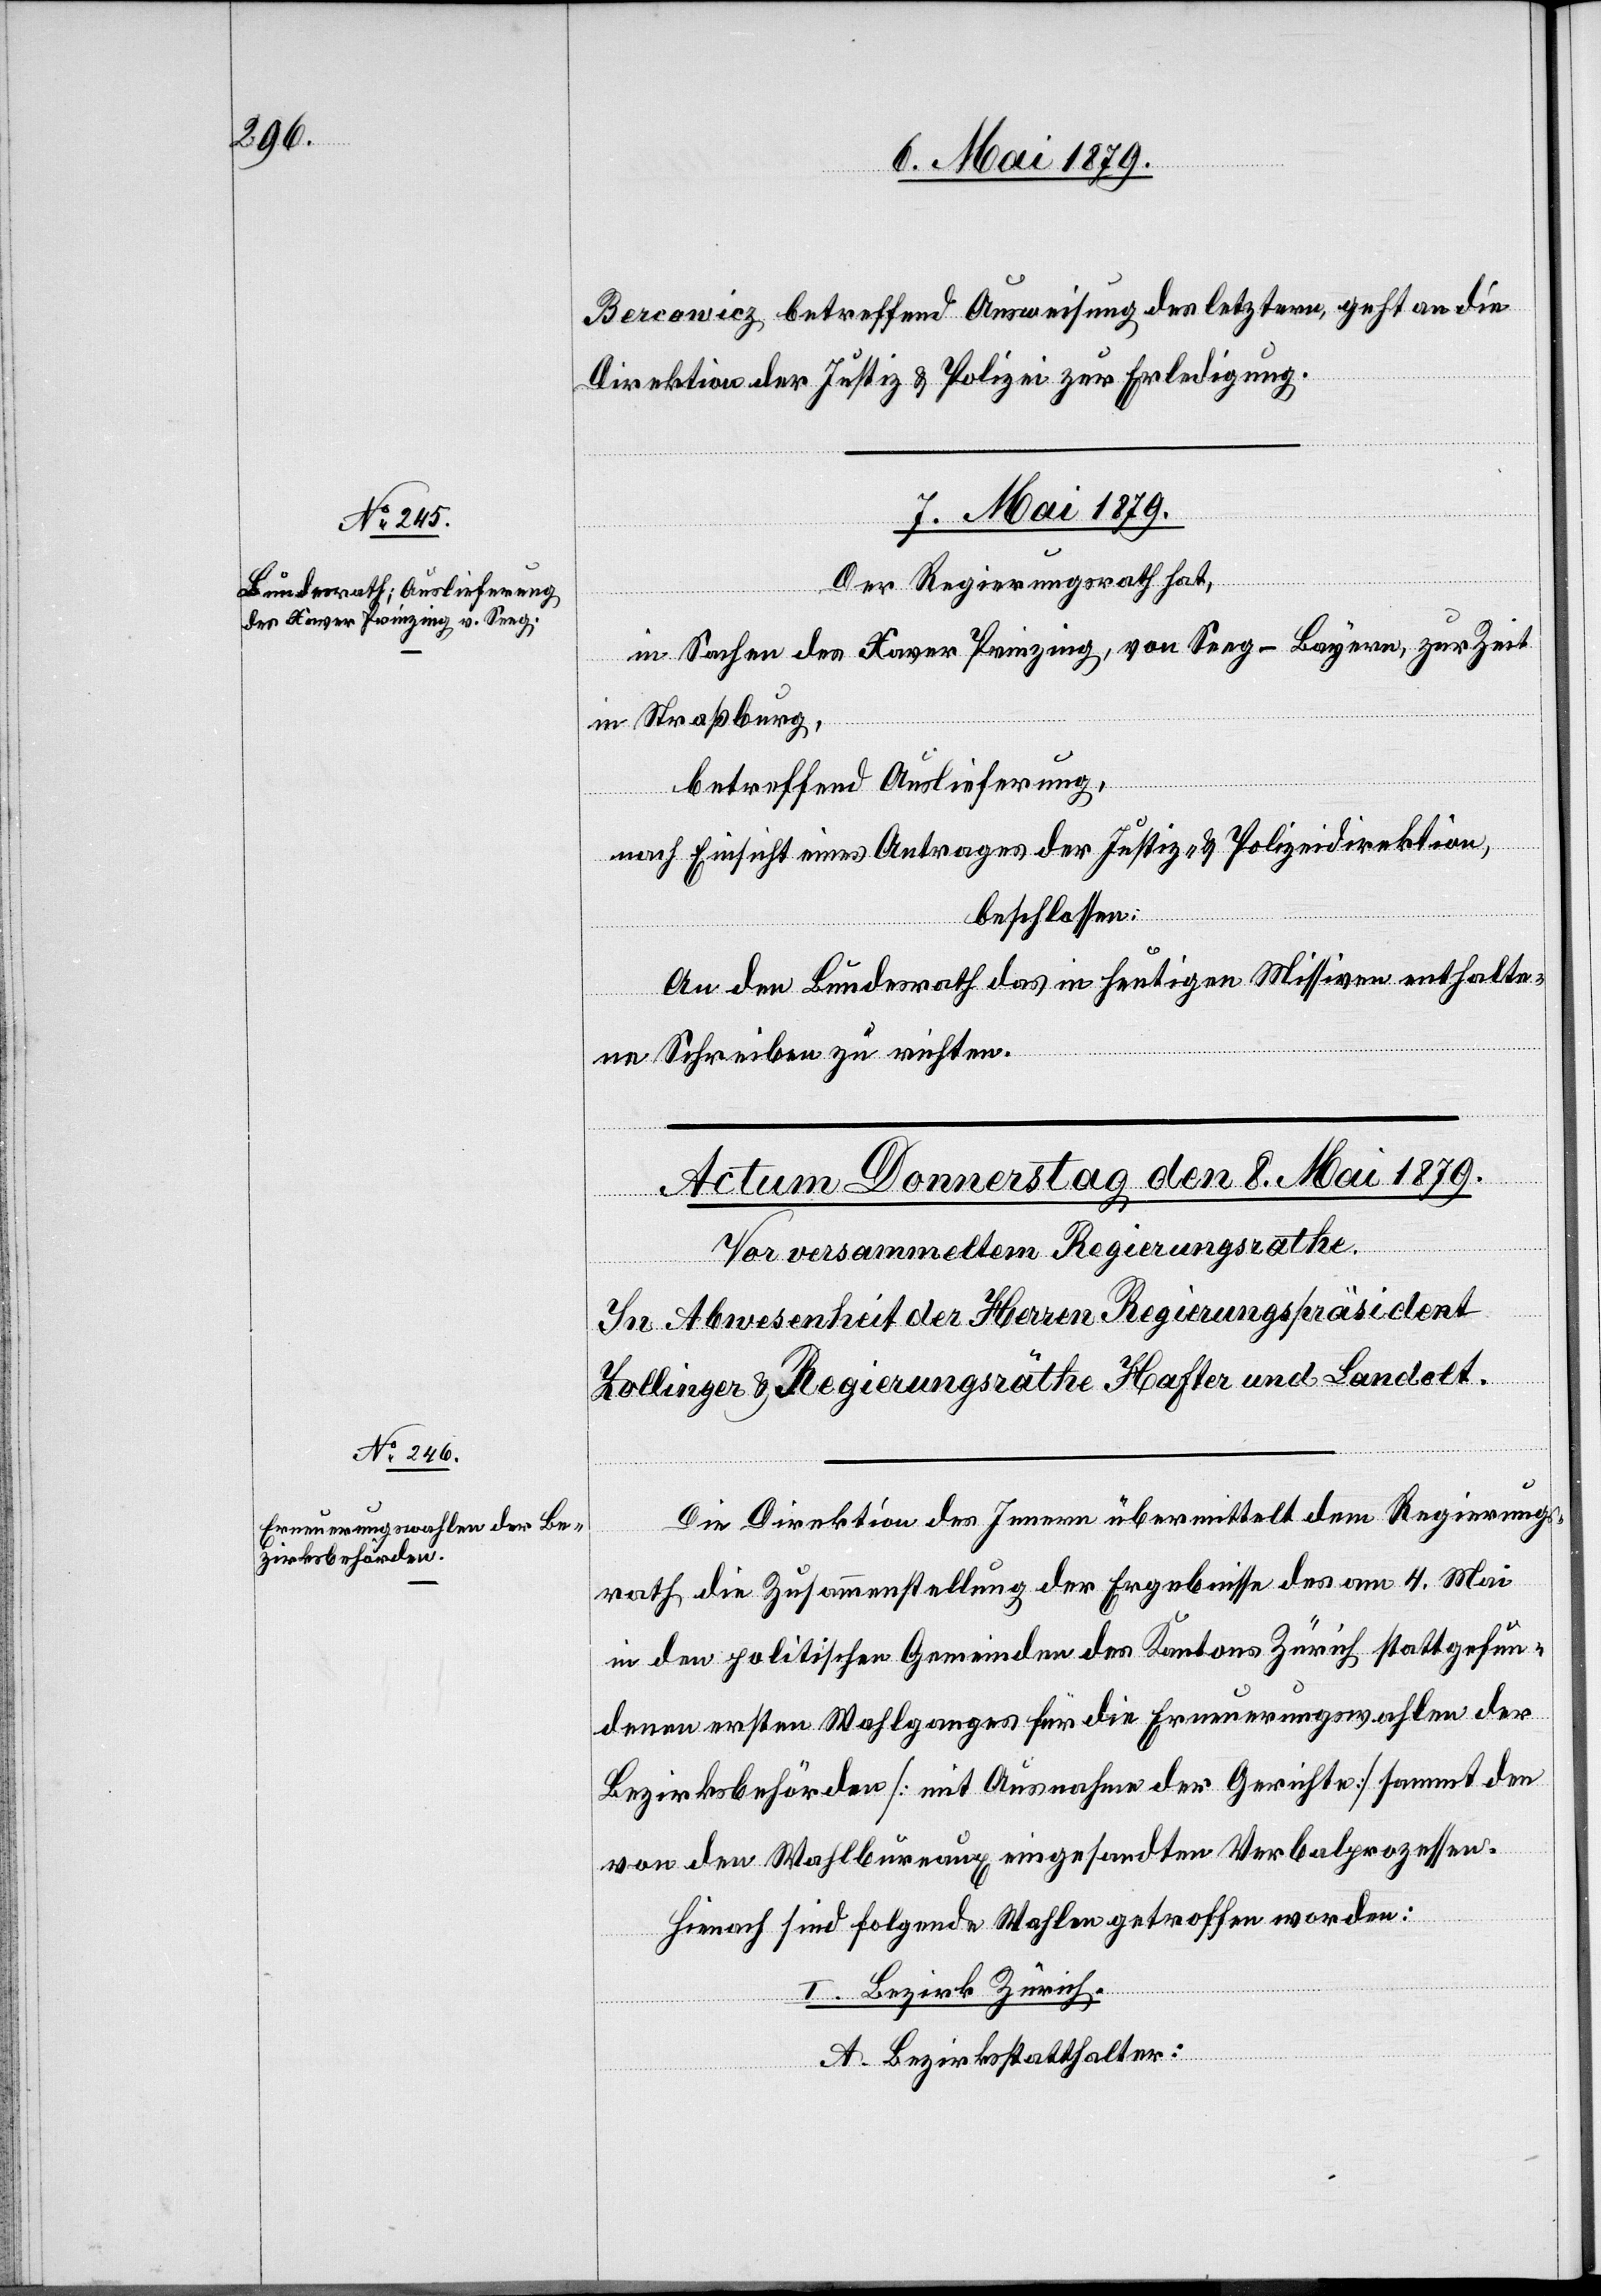
Bercowicz betreffend Ausweisung des letztern, geht an die
Direktion der Justiz & Polizei zur Erledigung.
7. Mai 1879.
Der Regierungsrath hat,
in Sachen des Xaver Prinzing, von Seeg - Bayern, zur Zeit
in Straßburg,
betreffend Auslieferung,
nach Einsicht eines Antrages der Justiz- & Polizeidirektion,
beschlossen:
An den Bundesrath das in heutigen Missiven enthalte¬
ne Schreiben zu richten.
Die Direktion des Innern übermittelt dem Regierungs¬
rath die Zusammenstellung der Ergebnisse des am 4. Mai
in den politischen Gemeinden des Kantons Zürich stattgefun¬
denen ersten Wahlganges für die Erneuerungswahlen der
Bezirksbehörden [mit Ausnahme der Gerichte] sammt den
von den Wahlbureaux eingesandten Verbalprozessen.
Hienach sind folgende Wahlen getroffen worden:
I. Bezirk Zürich.
A. Bezirksstatthalter: